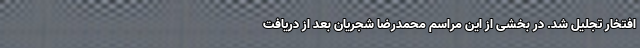
افتخار تجلیل شد. در بخشی از این مراسم محمدرضا شجریان بعد از دریافت